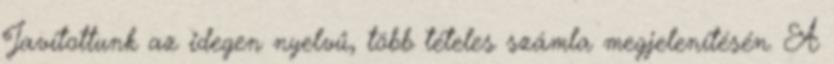
Javítottunk az idegen nyelvű, több tételes számla megjelenítésén. A